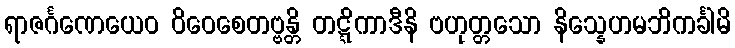
ရာဇင်္ဂဏေယေဝ ဝိဝေစေတဗ္ဗန္တိ တဋ္ဋိကာဒီနိ ဗဟုတ္တသော နိသ္နေဟမဘိကင်္ခါမိ